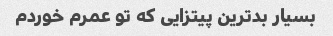
بسیار بد‌ترین پیتزایی که تو عمرم خوردم